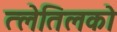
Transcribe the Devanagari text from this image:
त्लेतिलको